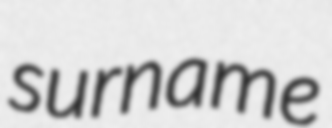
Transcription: surname